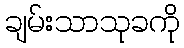
ချမ်းသာသုခကို